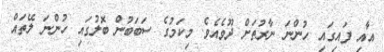
އާއި ފައިގައި ހުންނަ ނާރުތަށް ދޫވެއެވެ. މިކަމުގެ ސަބަބުން ބޮލުގައި ހުންނަ ލޭތައް